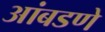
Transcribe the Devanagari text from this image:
आंबडणे